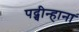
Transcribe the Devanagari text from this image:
पद्चीन्हाना